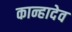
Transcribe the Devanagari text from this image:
कान्हादेव